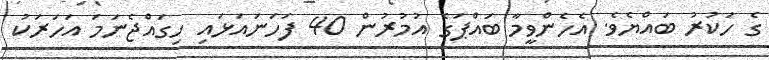
ގެ ހަކުރު ބައްޔެވެ. އެހެންވީމާ ބައްޕަގެ އުމުރުން 40 ފަހަނައަޅައި ހިގައްޖެނަމަ އަހަރަކު